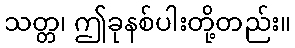
သတ္တ၊ ဤခုနစ်ပါးတို့တည်း။